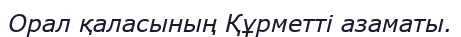
Орал қаласының Құрметті азаматы.